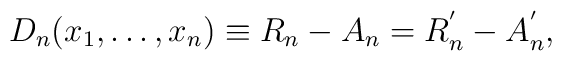
D_n (x_1, \ldots ,x_n) \equiv R_n -A_n=R^{^{\prime}}_n - A^{^{\prime}}_n ,